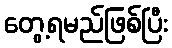
တွေ့ရမည်ဖြစ်ပြီး